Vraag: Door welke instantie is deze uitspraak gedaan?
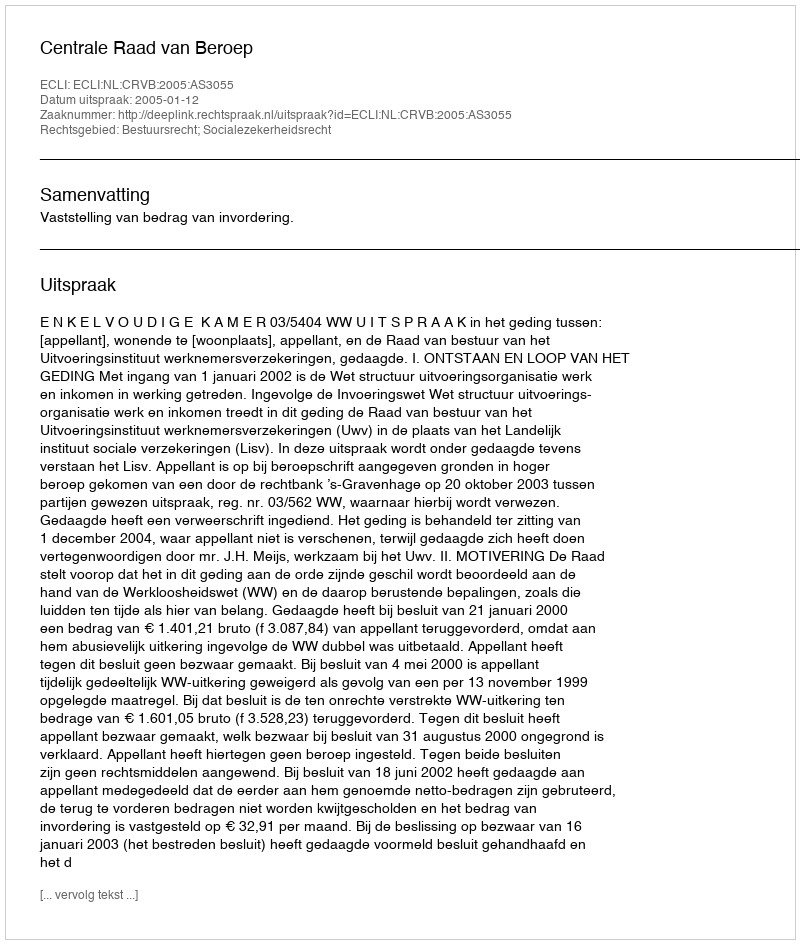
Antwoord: Centrale Raad van Beroep